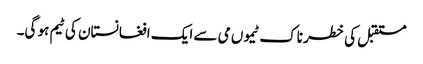
مستقبل کی خطر ناک ٹیموں می سے ایک افغانستان کی ٹیم ہو گی۔